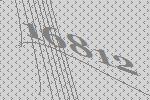
16812